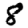
Digit: 8